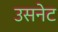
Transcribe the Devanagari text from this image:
उसनेट